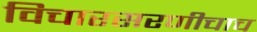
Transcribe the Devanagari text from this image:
विचारसरणीचाच